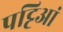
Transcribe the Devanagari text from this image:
पट्टिआं